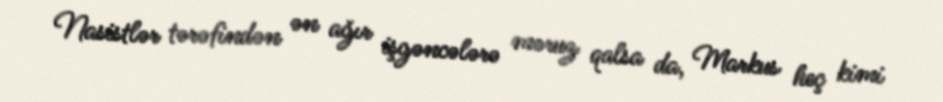
Nasistlər tərəfindən ən ağır işgəncələrə məruz qalsa da, Markus heç kimi